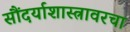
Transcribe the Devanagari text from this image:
सौंदर्याशास्त्रावरचा